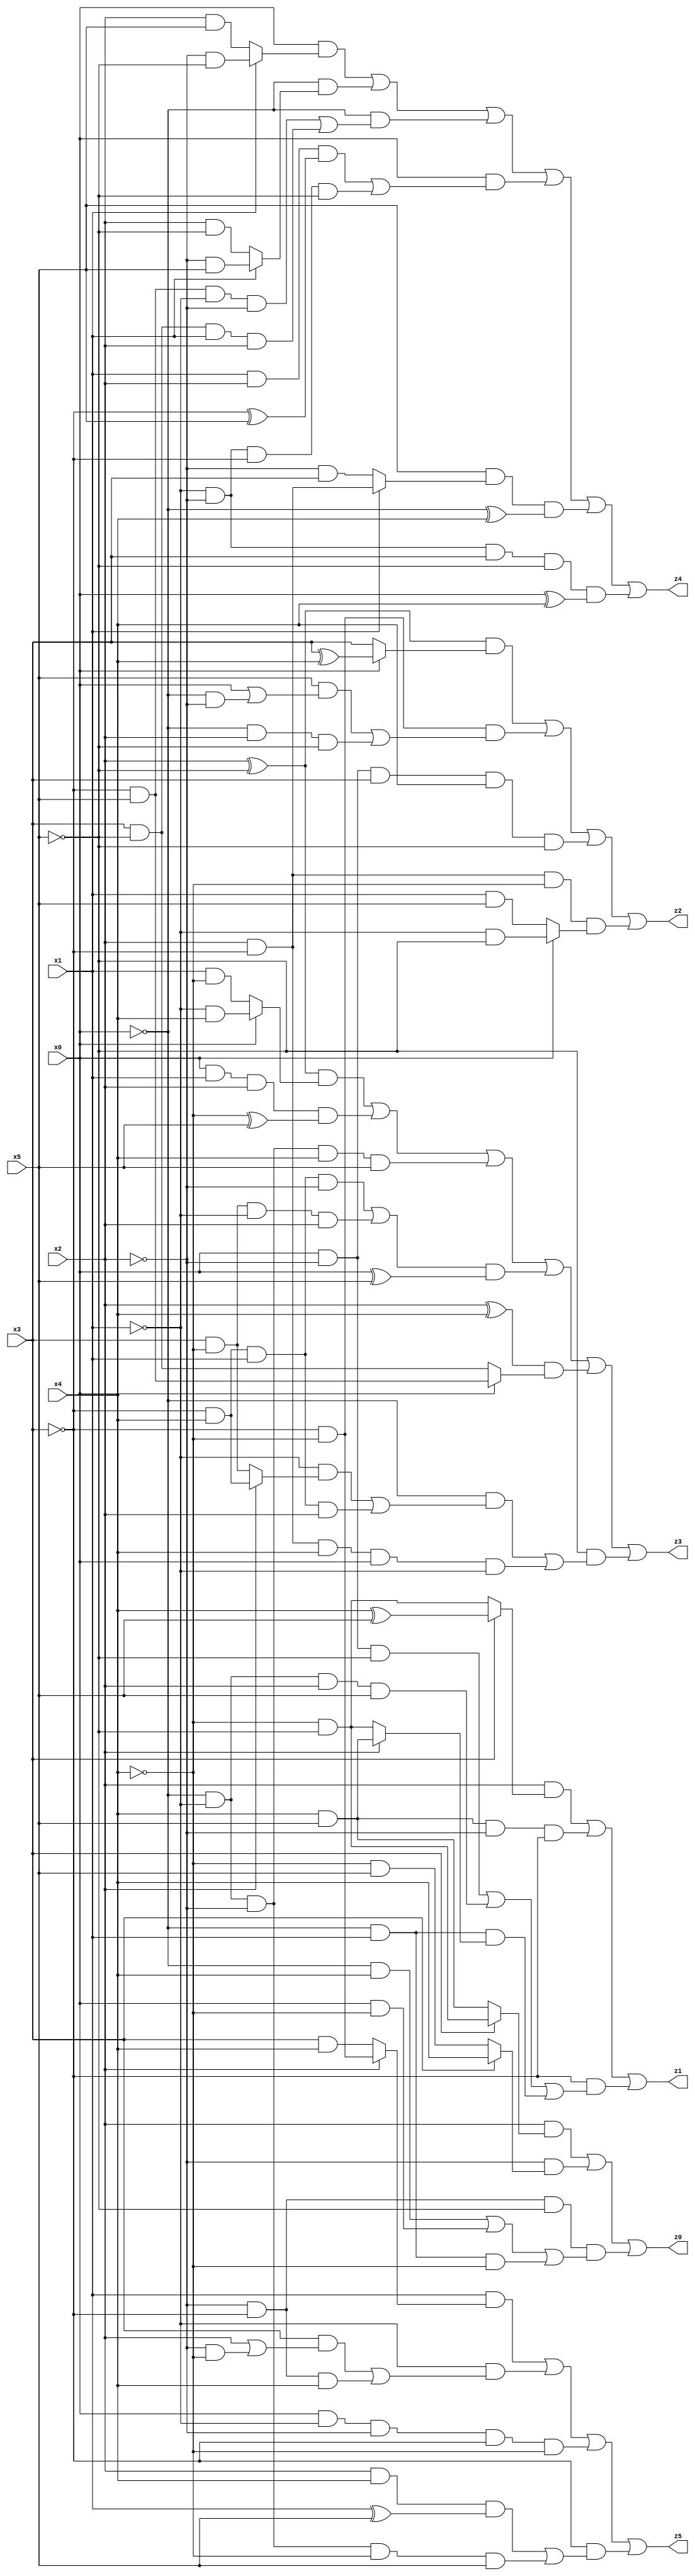
// Benchmark "X_48" written by ABC on Wed Jun 07 23:39:18 2023

module X_48 ( 
    x0, x1, x2, x3, x4, x5,
    z0, z1, z2, z3, z4, z5  );
  input  x0, x1, x2, x3, x4, x5;
  output z0, z1, z2, z3, z4, z5;
  assign z0 = (x2 & (x3 ? (~x4 & ~x5) : (x4 & x5))) | (~x2 & (x3 ? x4 : (~x4 & x5))) | (~x2 & ~x3 & ~x5 & ((~x0 & x4) | (x0 & ~x4) | (~x0 & x1 & ~x4)));
  assign z1 = (x2 & (x3 ? (x4 ^ x5) : (~x4 & ~x5))) | (x4 & x5 & ~x2 & ~x3) | (~x3 & ((x0 & ~x2 & ~x5) | (~x0 & ~x1 & x2 & x5) | (~x0 & x1 & (x2 ? (x4 & x5) : (~x4 & ~x5)))));
  assign z2 = ((x2 ^ ~x5) & (x0 ? (x3 ^ x4) : x3)) | (~x3 & ~x4 & ((x5 & (x0 | (~x0 & ~x2))) | (~x0 & x2 & ~x5))) | (x0 & ~x2 & x3 & x4 & ~x5) | (x2 & ~x3 & ~x4 & (x0 ? (~x1 & ~x5) : (x1 & x5)));
  assign z3 = ((x2 ^ ~x5) & (x0 ? (~x1 & x4) : (x1 & ~x4))) | (x0 & x1 & x2 & (~x4 ^ x5)) | (~x0 & ~x1 & ~x2 & x4 & x5) | (((~x3 & x4 & x1 & ~x2) | (x3 & ~x4 & ~x1 & x2)) & (x0 ^ x5)) | ((x2 ^ x4) & (x0 ? (~x3 & x5) : (x3 & ~x5))) | (~x5 & ((~x0 & ((~x1 & (x2 ? (~x3 & x4) : (x3 & ~x4))) | (~x3 & x4 & x1 & x2))) | (x2 & ~x3 & x4 & x0 & ~x1)));
  assign z4 = (x0 & (x1 ? (~x2 & ~x5) : (x2 & x5))) | (~x0 & (x1 ? (~x2 & x5) : (x2 & ~x5))) | (~x0 & ((~x3 & x5 & ~x1 & ~x2) | (x3 & ~x5 & x1 & x2))) | (x0 & ((x1 & x2 & (~x3 ^ x5)) | (~x1 & ~x2 & ~x3 & ~x5))) | (x5 & (x1 ? (x2 & ~x3) : (~x2 & x3)) & (~x0 ^ x4)) | (~x1 & ~x2 & x3 & ~x5 & (x0 ^ x4));
  assign z5 = (x1 & (x2 ? (~x3 & ~x4) : (x3 & x4))) | (~x1 & ((x3 & (x2 | (~x2 & ~x4))) | (~x2 & ~x3 & x4))) | (x0 & ~x1 & ~x2 & ~x3 & ~x4) | (~x3 & ((x2 & x4 & (x1 ^ x5)) | (~x0 & ~x1 & ~x2 & ~x4 & x5)));
endmodule